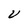
Character: V